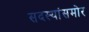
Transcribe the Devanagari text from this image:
सदस्यांसमोर